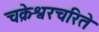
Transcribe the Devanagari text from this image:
चक्रेश्वरचरिते